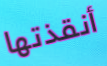
أنقذتها